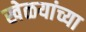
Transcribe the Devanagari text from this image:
खेळयांच्या